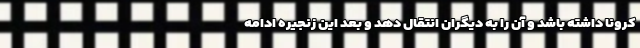
کرونا داشته باشد و آن را به دیگران انتقال دهد و بعد این زنجیره ادامه